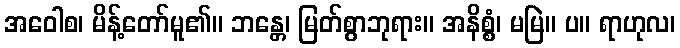
အဝေါစ၊ မိန့်တော်မူ၏။ ဘန္တေ၊ မြတ်စွာဘုရား။ အနိစ္စံ၊ မမြဲ။ ပ။ ရာဟုလ၊